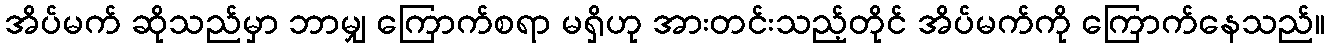
အိပ်မက် ဆိုသည်မှာ ဘာမျှ ကြောက်စရာ မရှိဟု အားတင်းသည့်တိုင် အိပ်မက်ကို ကြောက်နေသည်။